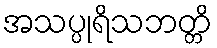
အသပ္ပုရိသဘတ္တိ